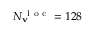
N _ { \mathbf { v } } ^ { \mathrm { ~ l ~ o ~ c ~ } } = 1 2 8